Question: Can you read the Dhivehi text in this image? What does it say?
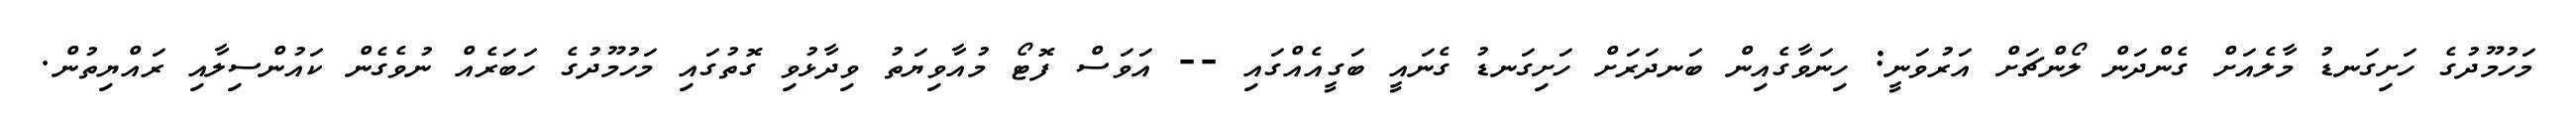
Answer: މަހުމޫދުގެ ހަށިގަނޑު މާލެއަށް ގެންދަން ލޯންޗަށް އަރުވަނީ: ހިނަވާގެއިން ބަނދަރަށް ހަށިގަނޑު ގެނައީ ބަގީއެއްގައި -- އަވަސް ފޮޓޯ މުއާވިޔަތު ވިދާޅުވި ގޮތުގައި މަހުމޫދުގެ ހަބަރެއް ނުވެގެން ކައުންސިލާއި ރައްޔިތުން.